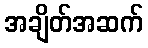
အချိတ်အဆက်